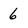
Character: 6